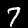
Label: 7